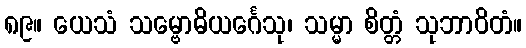
၈၉။ ယေသံ သမ္ဗောဓိယင်္ဂေသု၊ သမ္မာ စိတ္တံ သုဘာဝိတံ။